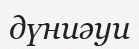
дүниәуи